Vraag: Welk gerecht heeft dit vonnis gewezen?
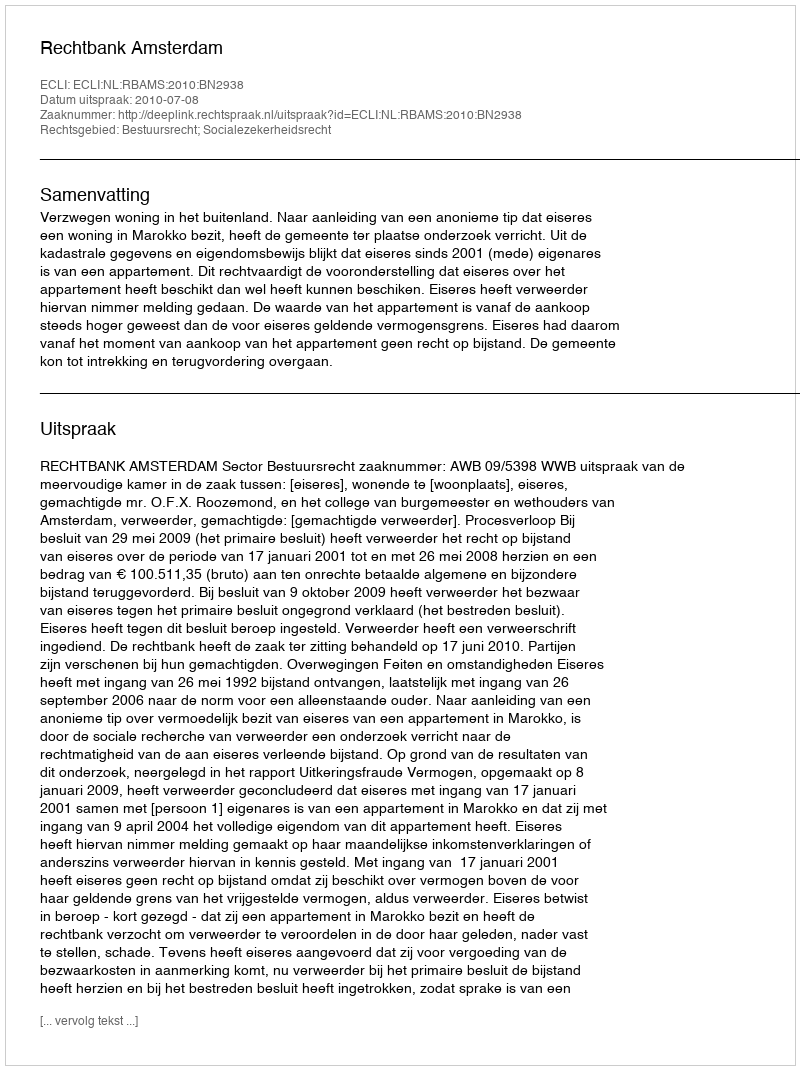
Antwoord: Rechtbank Amsterdam